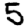
Digit: 5